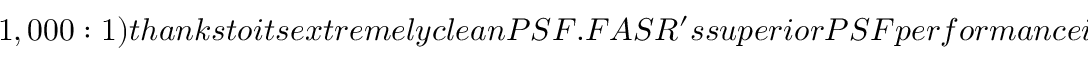
1 , 0 0 0 : 1 ) t h a n k s t o i t s e x t r e m e l y c l e a n P S F . F A S R ^ { \prime } s s u p e r i o r P S F p e r f o r m a n c e i s s h o w n i n F i g . : a n e x t r e m e l y l o w s i d e - l o b e l e v e l o f o n l y a f e w p e r c e n t ( c o m p a r e d t o E O V S A ^ { \prime } s